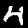
Label: 4